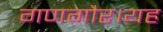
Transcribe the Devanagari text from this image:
गणगौर।यह